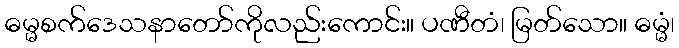
ဓမ္မစက်ဒေသနာတော်ကိုလည်းကောင်း။ ပဏီတံ၊ မြတ်သော။ ဓမ္မံ၊